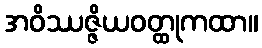
အဝိဿဇ္ဇိယဝတ္ထုကထာ။